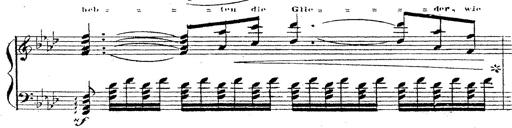
Title: 12 Lieder von Franz Schubert
Composer: Franz Liszt